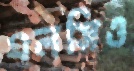
এলসিও